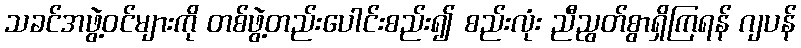
သခင်အဖွဲ့ဝင်များကို တစ်ဖွဲ့တည်းပေါင်းစည်း၍ စည်းလုံး ညီညွတ်စွာရှိကြရန် ဂျပန်